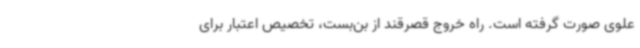
علوی صورت گرفته است. راه خروج قصرقند از بن‌بست، تخصیص اعتبار برای